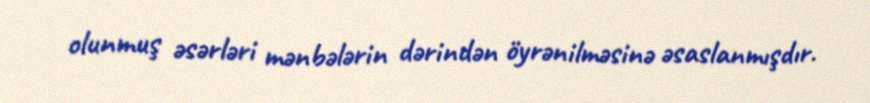
olunmuş əsərləri mənbələrin dərindən öyrənilməsinə əsaslanmışdır.